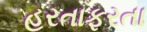
હરતાફરતા